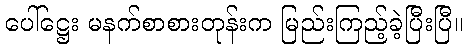
ပေါ်ဋ္ဌေး မနက်စာစားတုန်းက မြည်းကြည့်ခဲ့ပြီးပြီ။